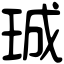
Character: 珹